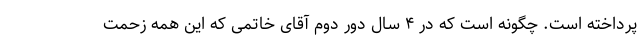
پرداخته است. چگونه است که در ۴ سال دور دوم آقای خاتمی که این همه زحمت